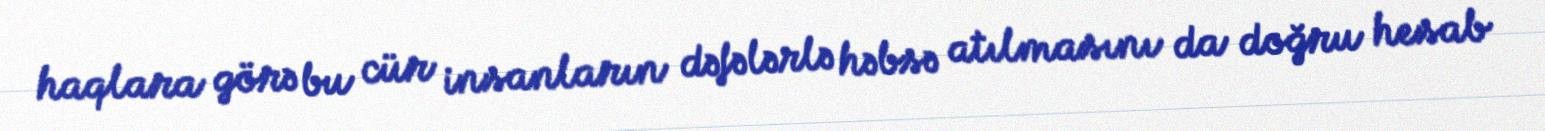
haqlara görə bu cür insanların dəfələrlə həbsə atılmasını da doğru hesab